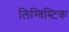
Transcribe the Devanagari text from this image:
लिग्विस्टिक